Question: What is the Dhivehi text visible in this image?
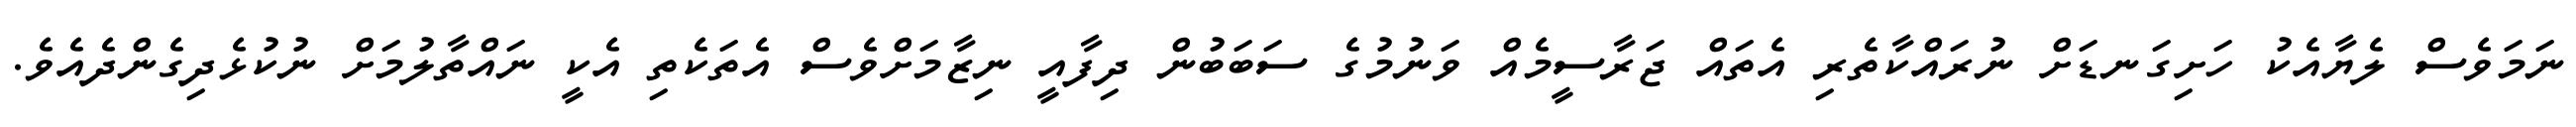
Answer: ނަމަވެސް ލެޔާއެކު ހަށިގަނޑަށް ނުރައްކާތެރި އެތައް ޖަރާސީމެއް ވަނުމުގެ ސަބަބުން ދިފާއީ ނިޒާމަށްވެސް އެތަކެތި އެކީ ނައްތާލުމަށް ނުކުޅެދިގެންދެއެވެ.